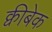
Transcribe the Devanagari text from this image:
क्वीबेक